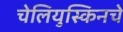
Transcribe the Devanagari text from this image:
चेलियुस्किनचे